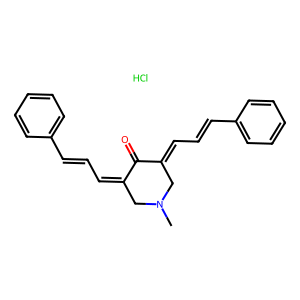
SMILES: CN1CC(=CC=Cc2ccccc2)C(=O)C(=CC=Cc2ccccc2)C1.Cl
Inhibits HIV replication: No